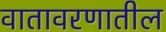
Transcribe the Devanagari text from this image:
वातावरणातील